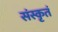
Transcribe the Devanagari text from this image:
संस्कृतं